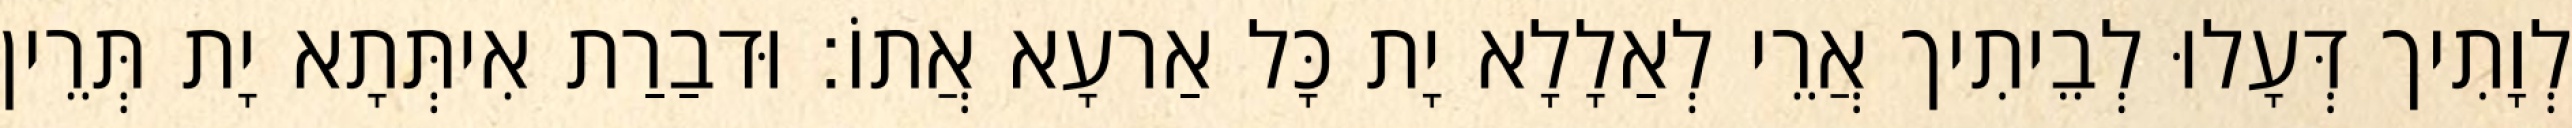
לְוָתִיך דְּעָלוּ לְבֵיתִיך אֲרֵי לְאַלָלָא יָת כָּל אַרעָא אֲתוֹ׃ וּדבַרַת אִיתְּתָא יָת תְּרֵין